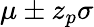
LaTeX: \mu\pm z_{p}\sigma